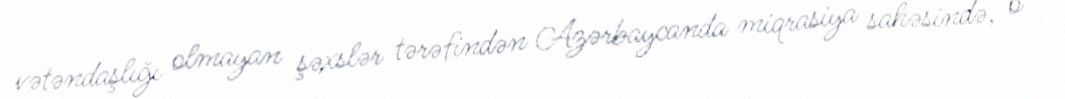
vətəndaşlığı olmayan şəxslər tərəfindən Azərbaycanda miqrasiya sahəsində, o